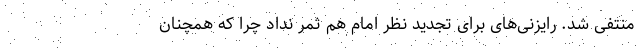
منتفی شد. رایزنی‌های برای تجدید نظر امام هم ثمر نداد چرا که همچنان